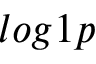
l o g 1 p